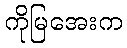
ကိုမြအေးက